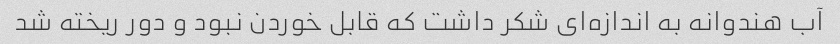
آب هندوانه به اندازه‌ای شکر داشت که قابل خوردن نبود و دور ریخته شد